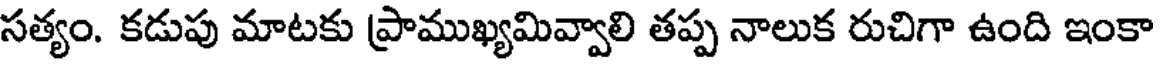
సత్యం. కడుపు మాటకు ప్రాముఖ్యమివ్వాలి తప్ప నాలుక రుచిగా ఉంది ఇంకా